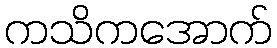
ကသိကအောက်